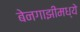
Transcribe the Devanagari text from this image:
बेनगाझीमध्ये